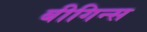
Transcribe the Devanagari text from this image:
बीगिन्स